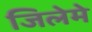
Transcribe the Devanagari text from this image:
जिलेमे